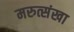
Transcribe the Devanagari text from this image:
मरुत्संखा